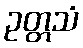
ဥတ္တသံ